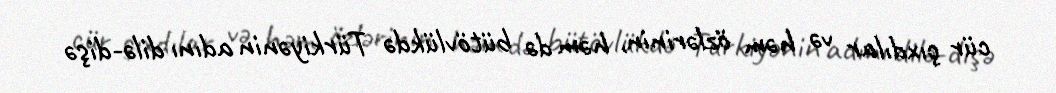
cür çıxdılar və həm özlərinin, həm də bütövlükdə Türkiyənin adını dilə-dişə